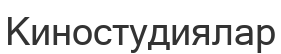
Киностудиялар